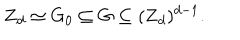
LaTeX: { \bf Z } _ { d } \simeq G _ { 0 } \subseteq G \subseteq ( { \bf Z } _ { d } ) ^ { d - 1 } .